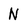
Character: N